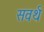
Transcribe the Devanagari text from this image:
सवर्थ